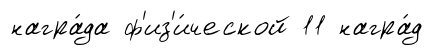
награ́да ф'из'и́ческой 11 награ́д